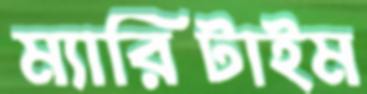
ম্যারিটাইম